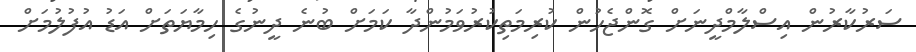
ސަރުކާރުން އިސްލާމްދީނަށް ގޮންޖެހުން ކުރިމަތިކުރުވަމުންދާ ކަމަށް ބުނެ ދީނުގެ ހިމާޔަތަށް އަޑު އުފުލުމަށް